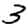
Digit: 3